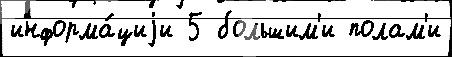
информа́циjи 5 большим'и полам'и